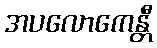
အပလောကေန္တီ